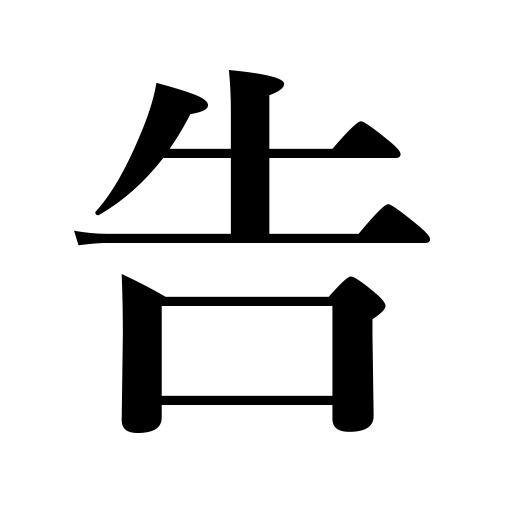
Meanings: tell,announce,bid,order,proclaim,inform